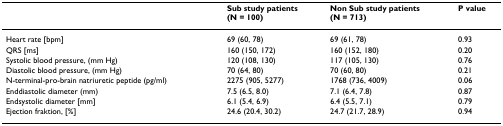
<table><thead><tr><td></td><td><b>Sub study patients(N = 100)</b></td><td><b>Non Sub study patients(N = 713)</b></td><td><b>P value</b></td></tr></thead><tbody><tr><td>Heart rate [bpm]</td><td>69 (60, 78)</td><td>69 (61, 78)</td><td>0.93</td></tr><tr><td>QRS [ms]</td><td>160 (150, 172)</td><td>160 (152, 180)</td><td>0.20</td></tr><tr><td>Systolic blood pressure, (mm Hg)</td><td>120 (108, 130)</td><td>117 (105, 130)</td><td>0.76</td></tr><tr><td>Diastolic blood pressure, (mm Hg)</td><td>70 (64, 80)</td><td>70 (60, 80)</td><td>0.21</td></tr><tr><td>N-terminal-pro-brain natriuretic peptide (pg/ml)</td><td>2275 (905, 5277)</td><td>1768 (736, 4009)</td><td>0.06</td></tr><tr><td>Enddiastolic diameter (mm)</td><td>7.5 (6.5, 8.0)</td><td>7.1 (6.4, 7.8)</td><td>0.87</td></tr><tr><td>Endsystolic diameter [mm]</td><td>6.1 (5.4, 6.9)</td><td>6.4 (5.5, 7.1)</td><td>0.79</td></tr><tr><td>Ejection fraktion, [%]</td><td>24.6 (20.4, 30.2)</td><td>24.7 (21.7, 28.9)</td><td>0.94</td></tr></tbody></table>